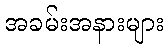
အခမ်းအနားများ